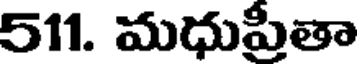
511. మధుప్రీతా